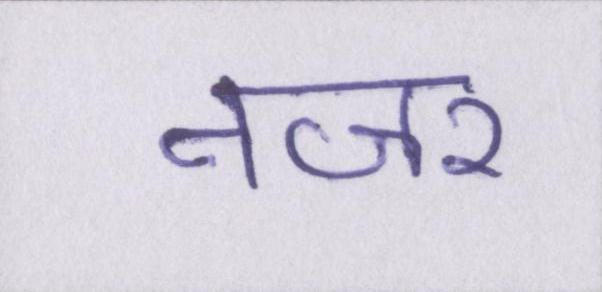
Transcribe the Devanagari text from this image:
नजर